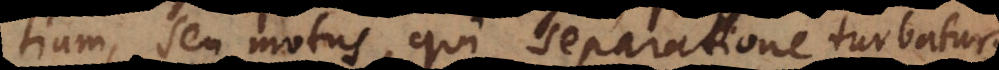
seu motus, qui separatione turbatur;